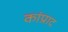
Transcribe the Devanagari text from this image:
कांप्राद